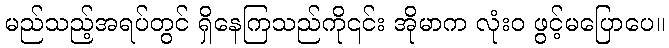
မည်သည့်အရပ်တွင် ရှိနေကြသည်ကို၎င်း အိုမာက လုံးဝ ဖွင့်မပြောပေ။